Statistical return of the lunatic asylum in Assam - 1912-1932
Year: 1912
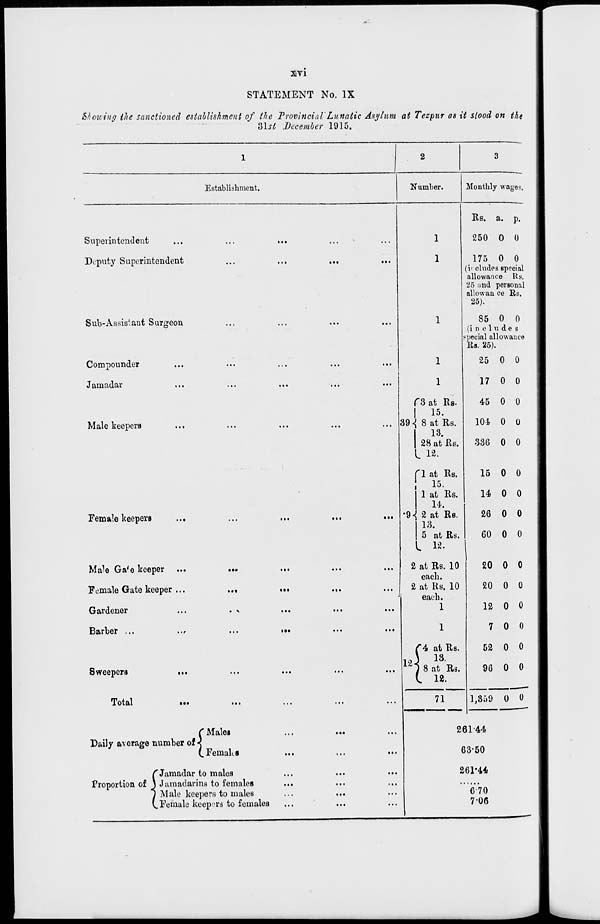
XVI
STATEMENT No. IX
Showing the sanctioned establishment of the Provincial Lunatic Asylum at Tezpnr as it slood on the
3lsl December 1915.
Superintendent
Deputy Superintendent
Sub-Assistant Surgeon
Compounder
Jamadar
Male keepers
Female keepers
Male Ga'e keeper ...
Female Gate keeper ...
Gardener
Barber ...
Sweepers
...
Total
C Males
Daily average number of <
(.Females
C Jamadar to males
Proportion of \ Jumadanns to females
I Male keepers to males
L Female keepers to females
•••
1
2
3
Establishment.
Number.
Monthly wage*.
I..
It.
I • •
1
1
f3at Its.
|
15.
39 \ 8 at Rs.
13.
28 at Rs.
I 12.
f 1 at Rs.
;
is.
1 at Rs.
14.
•9<{ 2 at Rs.
13.
5 at Rs.
12.
2 at Re. 10
each.
2 at Rs. 10
each.
1
Rs. a. p.
250 0 0
175 0 0
(includes special
allowance Rs.
25 and personal
allowan ce Rs.
25).
85 0 0
(includes
special allowance
Rs. 25).
25 0 0
17 0 0
45 0 0
104 0 0
336 0 0
15 0 0
14 0 0
26 0 0
60 0 0
20 0 0
20 0 0
12 0 0
7 0 0
52 0 0
96 0 0
1,359 0 0
26144
63-50
261-44
670
7'06